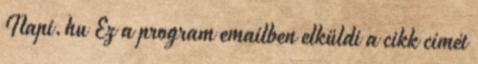
Napi.hu Ez a program emailben elküldi a cikk címét